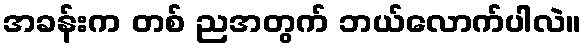
အခန်းက တစ် ညအတွက် ဘယ်လောက်ပါလဲ။